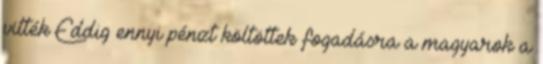
vitték Eddig ennyi pénzt költöttek fogadásra a magyarok a